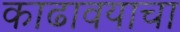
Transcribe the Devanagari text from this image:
काढावयाचा